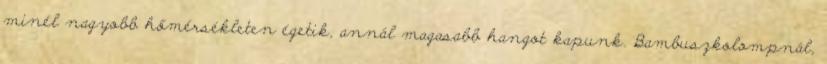
minél nagyobb hőmérsékleten égetik, annál magasabb hangot kapunk. Bambuszkolompnál,